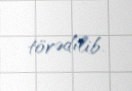
törədilib.